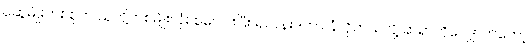
ဆွေမျိုးတစ်စုက သူတို့တစ်မျိုးလုံး စုပေါင်းပြီး ရဟန်းဒကာ ခံလိုတယ်လို့ ဆရာကိုလျှောက်တော့